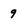
Character: 9